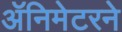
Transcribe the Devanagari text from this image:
ॲनिमेटरने